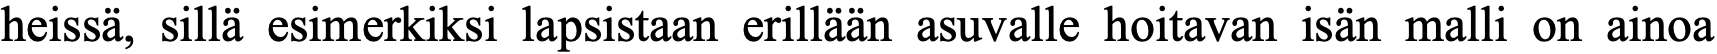
heissä, sillä esimerkiksi lapsistaan erillään asuvalle hoitavan isän malli on ainoa